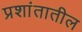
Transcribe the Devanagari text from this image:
प्रशांतातील